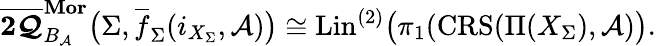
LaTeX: {\boldsymbol{\overline{{2\mathcal{Q}}}}_{B_{\mathcal{A}}}^{\boldsymbol{\mathrm{Mor}}}}\big(\Sigma,\overline{{f}}_{\Sigma}(i_{X_{\Sigma}},\mathcal{A})\big)\cong\mathrm{Lin}^{(2)}\big(\pi_{1}(\mathbf{\mathrm{CRS}}(\Pi(X_{\Sigma}),\mathcal{A})\big).